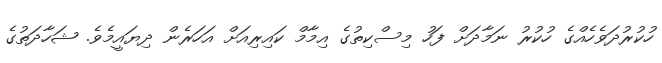
ހުކުރުދަވެހެއްގެ ހުކުރު ނަމާދަށް ފަހު މިސްކިތުގެ އިމާމް ކައިރިއަށް އަހަރެން ދިޔައީމެވެ. ޝަހާދަތުގެ